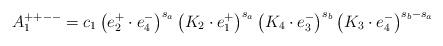
LaTeX: \begin{align*}A_1^{++--}=c_1 \left(e_2^+\cdot e_4^-\right)^{s_a} \left(K_2\cdot e_1^+\right)^{s_a} \left(K_4\cdot e_3^-\right)^{s_b}\left(K_3\cdot e_4^-\right)^{s_b-s_a}\end{align*}